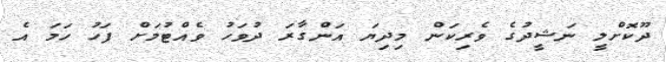
ދޫކޮށްލީ ނަޝީދުގެ ވެރިކަން މިދިޔަ އަންގާރަ ދުވަހު ވެއްޓުމަށް ފަހު ހަމަ އެ